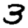
Digit: 3